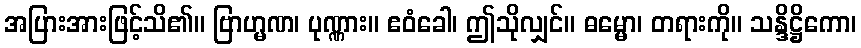
အပြားအားဖြင့်သိ၏။ ဗြာဟ္မဏ၊ ပုဏ္ဏား။ ဧဝံခေါ၊ ဤသိုလျှင်။ ဓမ္မော၊ တရားကို။ သန္ဒိဋ္ဌိကော၊